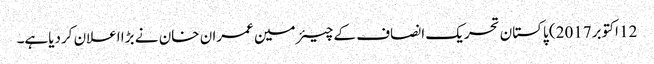
12 اکتوبر2017) پاکستان تحریک انصاف کے چیئرمین عمران خان نے بڑا اعلان کردیاہے۔